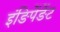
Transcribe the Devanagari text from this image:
इंङिपेंङेंट